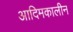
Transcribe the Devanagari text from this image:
आदिमकालीन